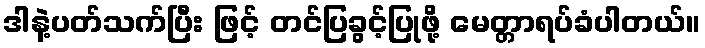
ဒါနဲ့ပတ်သက်ပြီး ဖြင့် တင်ပြခွင့်ပြုဖို့ မေတ္တာရပ်ခံပါတယ်။